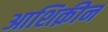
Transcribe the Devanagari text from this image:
आशिक़ीन